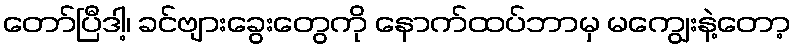
တော်ပြီဒါ့၊ ခင်ဗျားခွေးတွေကို နောက်ထပ်ဘာမှ မကျွေးနဲ့တော့